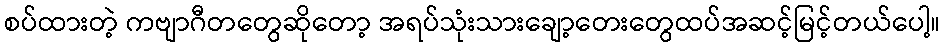
စပ်ထားတဲ့ ကဗျာဂီတတွေဆိုတော့ အရပ်သုံးသားချော့တေးတွေထပ်အဆင့်မြင့်တယ်ပေါ့။